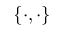
\{ \cdot , \cdot \}